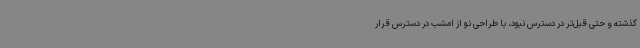
گذشته و حتی قبل‌تر در دسترس نبود، با طراحی نو از امشب در دسترس قرار